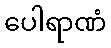
ပေါရာဏံ